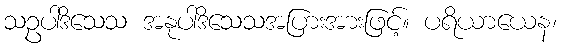
သဥပါဒိသေသ အနုပါဒိသေသအပြားအားဖြင့်။ ပရိယာယေန၊